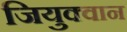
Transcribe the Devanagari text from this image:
जियुक्वान